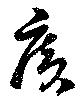
廣